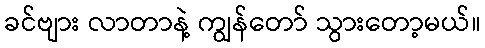
ခင်ဗျား လာတာနဲ့ ကျွန်တော် သွားတော့မယ်။